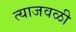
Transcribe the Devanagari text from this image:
त्याजवळी